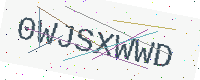
Text: 0WJSXWWD